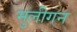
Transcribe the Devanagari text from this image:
मुलीगन